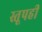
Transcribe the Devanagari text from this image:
स्तूपही